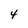
Character: 4